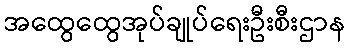
အထွေထွေအုပ်ချုပ်ရေးဦးစီးဌာန